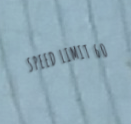
SPEED LIMIT 60